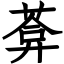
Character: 葊